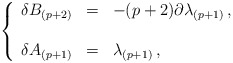
\begin{align*}\left\{\begin{array}{rcl}\delta B_{(p+2)} & = & -(p+2) \partial\lambda_{(p+1)}\, ,\\& & \\\delta A_{(p+1)} & = & \lambda_{(p+1)}\, ,\\\end{array}\right.\end{align*}